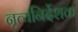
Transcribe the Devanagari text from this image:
नृत्यनिर्देशक